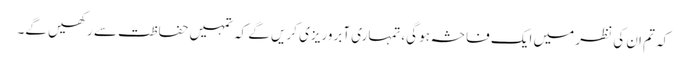
کہ تم ان کی نظر میں ایک فاحشہ ہو گی،تمہاری آبروریزی کریں گے کہ تمہیں حفاظت سے رکھیں گے۔